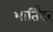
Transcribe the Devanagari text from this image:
भार्तिंदर